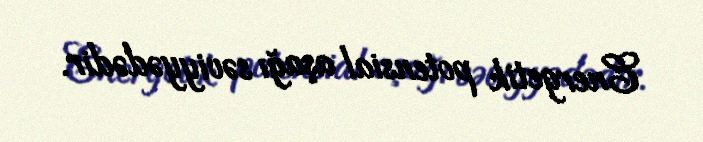
Energetik potensial aşağı səviyyədədir.